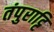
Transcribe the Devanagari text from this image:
तंपुराट्टि